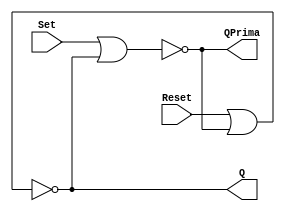
`timescale 1ns/10ps

// Latch SR
module SRFF(
  input Set,Reset,
  output Q, QPrima);

  nor (QPrima,Set,Q);
  nor (Q,Reset,QPrima);

endmodule